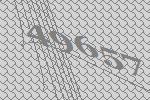
49657